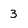
Character: 3